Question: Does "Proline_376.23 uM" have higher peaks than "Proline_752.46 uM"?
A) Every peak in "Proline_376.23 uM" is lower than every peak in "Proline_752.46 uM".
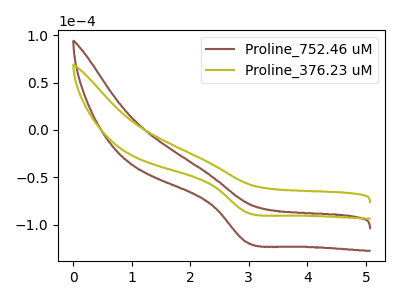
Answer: <think>The brown curve "Proline_752.46 uM" has a cathodic peak at: (2.95V, -118.65uA). The olive curve "Proline_376.23 uM" has a cathodic peak at: (2.95V, -87.05uA).</think>
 <answer>A) Every peak in "Proline_376.23 uM" is lower than every peak in "Proline_752.46 uM".</answer>
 <eval>A</eval>